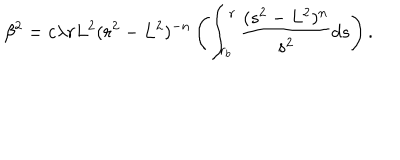
\beta ^ { 2 } = c \lambda r L ^ { 2 } ( r ^ { 2 } - L ^ { 2 } ) ^ { - n } \left( \int _ { r _ { b } } ^ { r } \frac { ( s ^ { 2 } - L ^ { 2 } ) ^ { n } } { s ^ { 2 } } d s \right) .